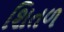
શિતળ